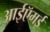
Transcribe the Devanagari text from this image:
आईऍमई